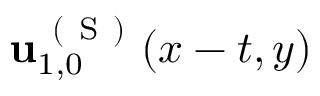
\mathbf { u } _ { 1 , 0 } ^ { \mathrm { ~ ( ~ S ~ ) ~ } } ( x - t , y )